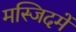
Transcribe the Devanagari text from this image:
मस्जिदमें